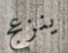
ينزعج